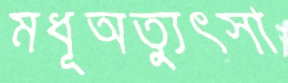
মধূঅত্যুৎসা